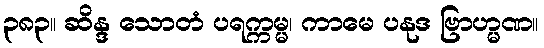
၃၈၃။ ဆိန္ဒ သောတံ ပရက္ကမ္မ၊ ကာမေ ပနုဒ ဗြာဟ္မဏ။